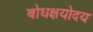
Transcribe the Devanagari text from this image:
बोधक्षयोदय